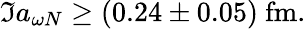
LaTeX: \Im a_{\omega N}\ge(0.24\pm 0.05)\ \mathrm{fm}.